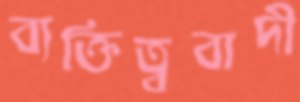
ব্যক্তিত্ববাদী